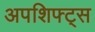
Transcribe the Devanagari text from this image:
अपशिफ्ट्स